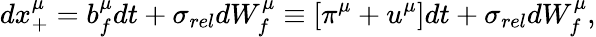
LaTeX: dx_{+}^{\mu}=b_{f}^{\mu}dt+\sigma_{rel}dW_{f}^{\mu}\equiv\left[\pi^{\mu}+u^{\mu}\right]dt+\sigma_{rel}dW_{f}^{\mu},